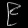
Digit: ၉